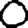
Digit: 0